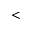
<